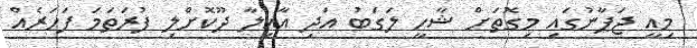
މިއީ ޖަޕާނުގައި މިގޮތަށް ޝާހީ ލަގަބު އަދި އާއިލާ ދޫކޮށްލި ފުރަތަމަ ފަހަރެއް